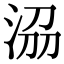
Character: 𣴀